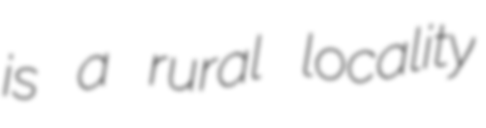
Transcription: is a rural locality